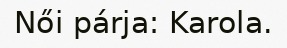
Női párja: Karola.